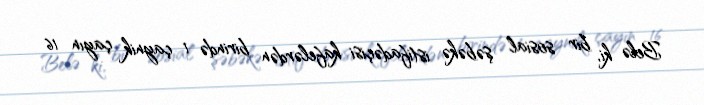
Belə ki, bir sosial şəbəkə istifadəçisi kafelərdən birində 1 çaynik çayın 16